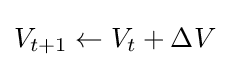
V_{t+1}\leftarrow V_{t}+\Delta V